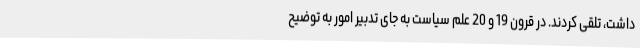
داشت، تلقی کردند. در قرون 19 و 20 علم سیاست به جای تدبیر امور به توضیح